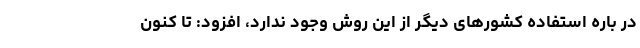
در باره استفاده کشورهای دیگر از این روش وجود ندارد، افزود: تا کنون